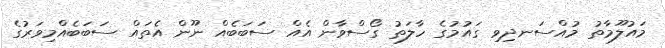
މައުލޫމާތު މުއްސަނދިވި ގައުމުގެ ހާލަތު ގޯސްވާން އެއް ސަބަބެއް ނޫން އެތައް ސަބަބެއްމިވަރުގެ